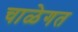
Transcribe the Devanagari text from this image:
चाळेगत